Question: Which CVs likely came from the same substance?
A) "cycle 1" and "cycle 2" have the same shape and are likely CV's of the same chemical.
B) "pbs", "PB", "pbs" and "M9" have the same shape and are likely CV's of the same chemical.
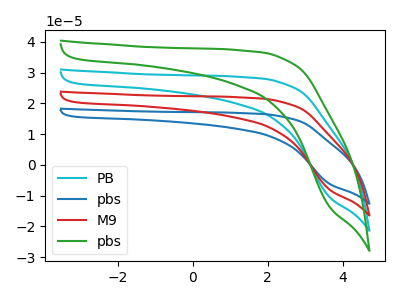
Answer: <think>The cyan curve "PB" has no peaks. The blue curve "pbs" has no peaks. The red curve "M9" has no peaks. The green curve "pbs" has no peaks.
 Neither "PB" or "pbs" have any peaks. Neither "PB" or "M9" have any peaks. Neither "PB" or "pbs" have any peaks. Neither "pbs" or "M9" have any peaks. Neither "pbs" or "pbs" have any peaks. Neither "M9" or "pbs" have any peaks.</think>
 <answer>B) "pbs", "PB", "pbs" and "M9" have the same shape and are likely CV's of the same chemical.</answer>
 <eval>B</eval>